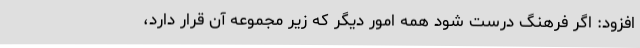
افزود: اگر فرهنگ درست شود همه‌ امور دیگر که زیر مجموعه آن قرار دارد،